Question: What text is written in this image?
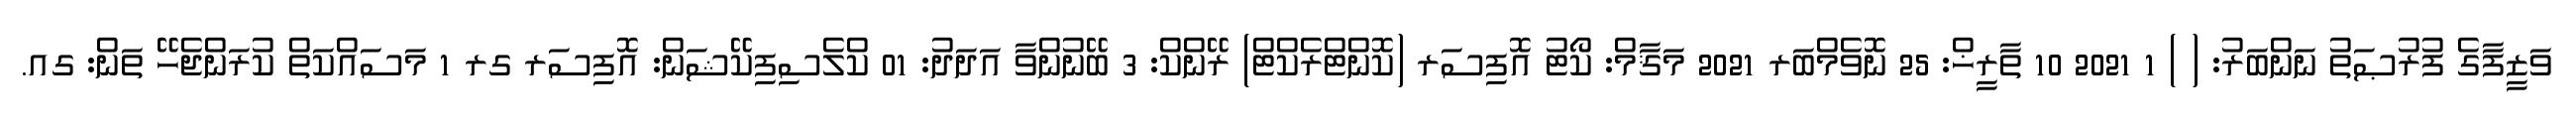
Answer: ވަޒީފާގެ ފުރުޞަތު ނަންބަރު: ( ) 1 2021 10 ތާރީޚް: 25 ނޮވެމްބަރ 2021 މަޤާމް: ކޯޓު އޮފިސަރ (ކޮންޓްރެކްޓް) ރޭންކް: 3 ބޭނުންވާ އަދަދު: 01 ކްލެސިފިކޭޝަން: އޮފިސަރ ގރ 1 މަސައްކަތް ކުރަންޖެހޭ ތަން: ގއ.